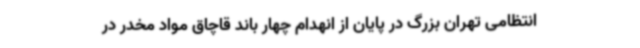
انتظامی تهران بزرگ در پایان از انهدام چهار باند قاچاق مواد مخدر در